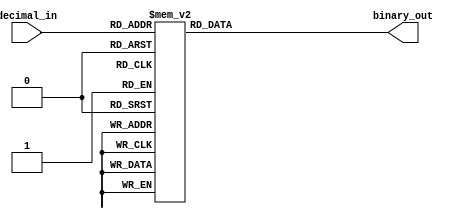
module priority_encoder(
    input [3:0] decimal_in,
    output reg [3:0] binary_out
);

always @(*) begin
    case (decimal_in)
        4'd0: binary_out = 4'b0000;
        4'd1: binary_out = 4'b0001;
        4'd2: binary_out = 4'b0010;
        4'd3: binary_out = 4'b0011;
        4'd4: binary_out = 4'b0100;
        4'd5: binary_out = 4'b0101;
        4'd6: binary_out = 4'b0110;
        4'd7: binary_out = 4'b0111;
        4'd8: binary_out = 4'b1000;
        4'd9: binary_out = 4'b1001;
        default: binary_out = 4'b1111; // default to highest priority binary output
    endcase
end

endmodule